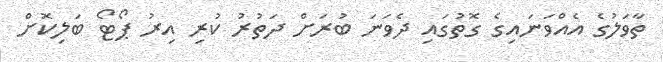
ތާވަލުގެ އެއްވަނައިގެ ގޮތުގައި ދެވަނަ ބުރަށް ދަތުރު ކުރި އިރު ޕޯޓޯ ބަލިކޮށް